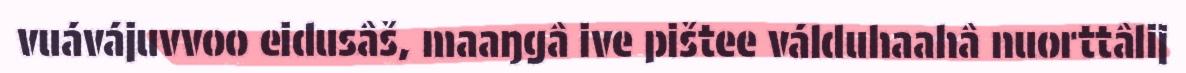
vuávájuvvoo eidusâš, maaŋgâ ive pištee válduhaahâ nuorttâlij